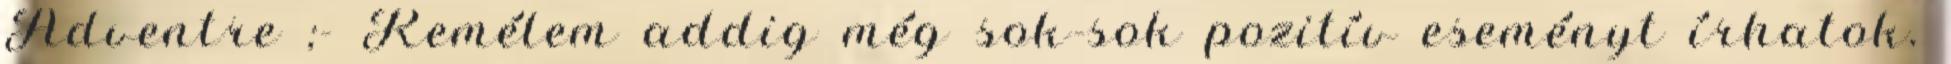
Adventre ;- Remélem addig még sok-sok pozitív eseményt írhatok.